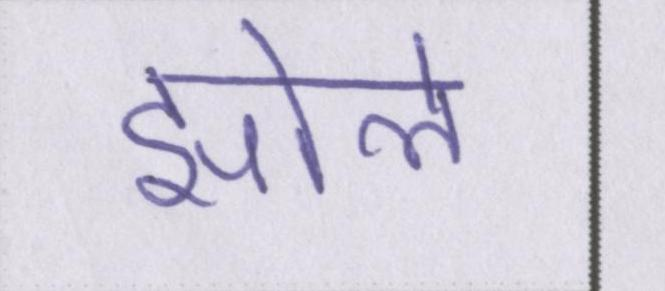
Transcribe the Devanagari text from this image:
झोले